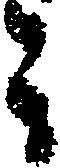
ミ